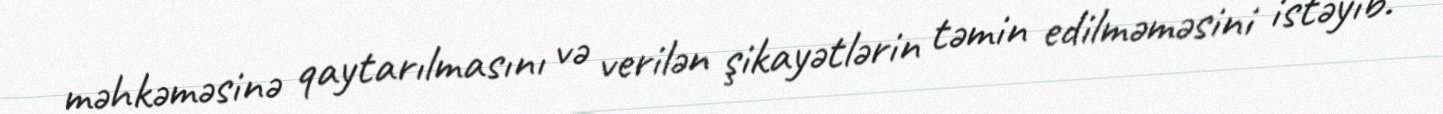
məhkəməsinə qaytarılmasını və verilən şikayətlərin təmin edilməməsini istəyib.